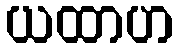
ယထာဟ